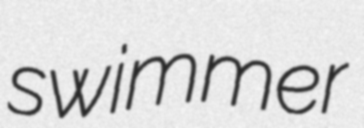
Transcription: swimmer